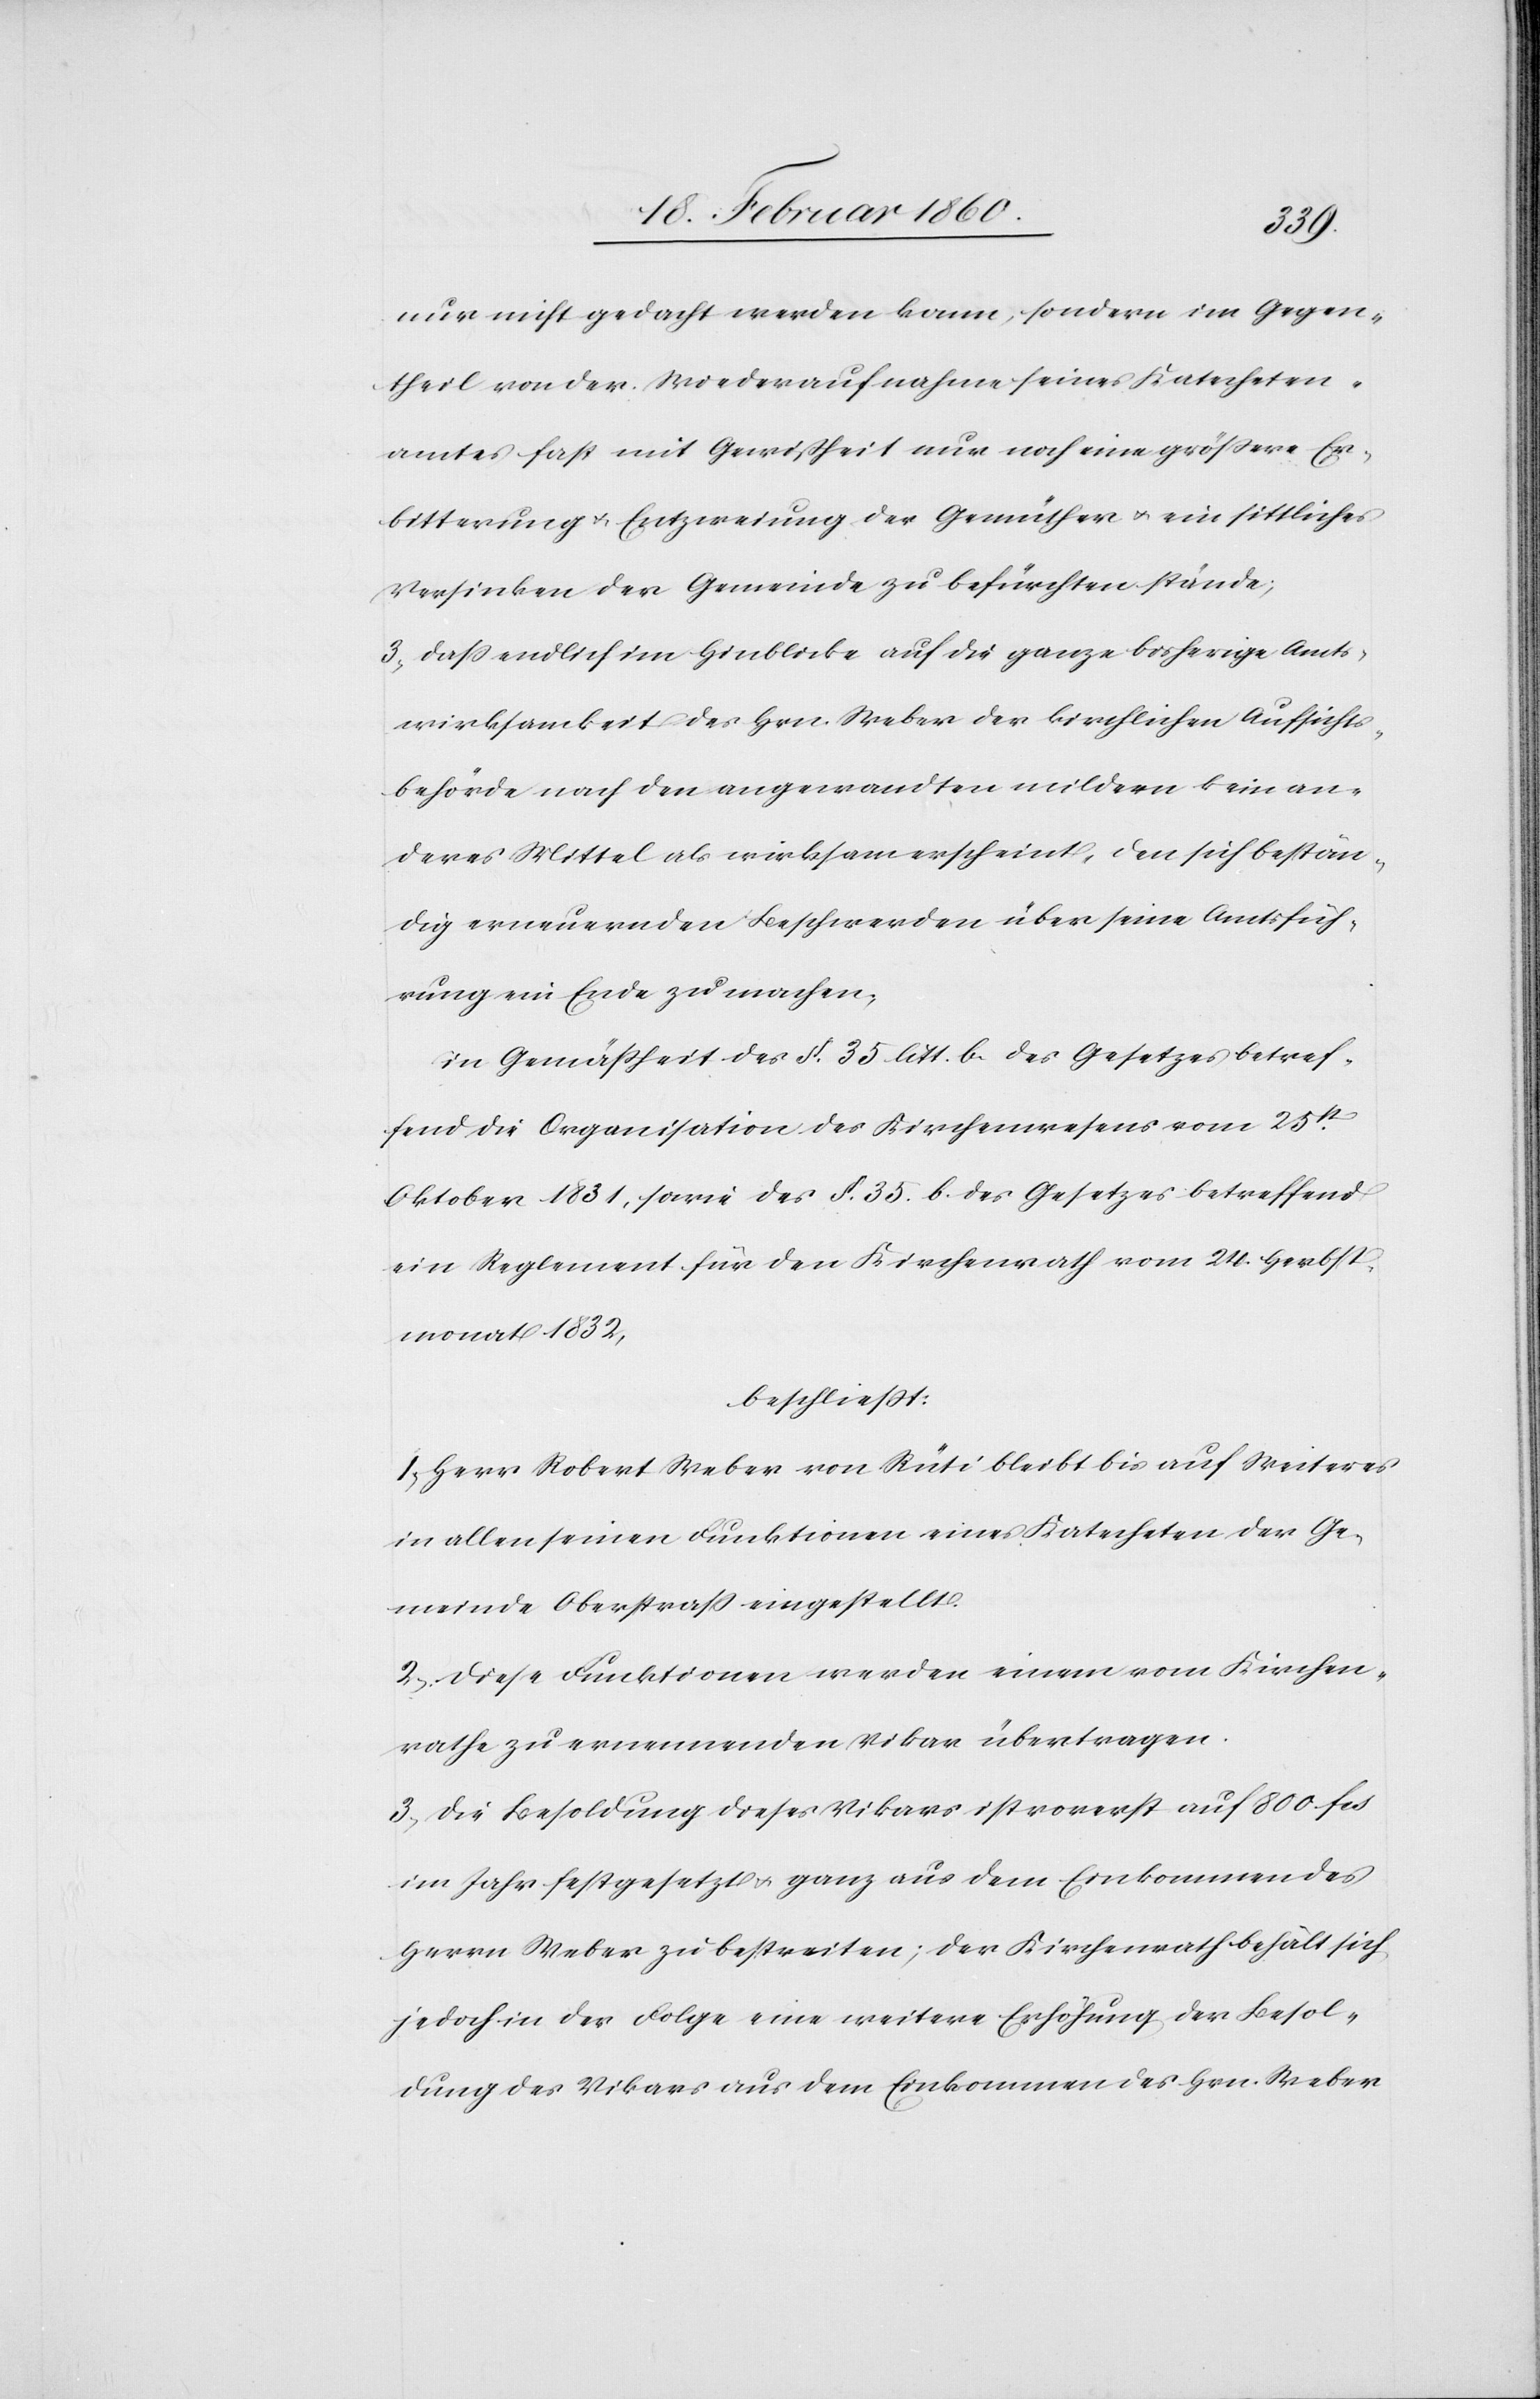
nur nicht gedacht werden kann, sondern im Gegen¬
theil von der Wiederaufnahme seines Katecheten¬
amtes fast mit Gewissheit nur noch eine grössere Er¬
bitterung u. Entzweiung der Gemüther u. ein sittliches
Versinken der Gemeinde zu befürchten stände;
3. dass endlich im Hinblicke auf die ganze bisherige Amts¬
wirksamkeit des Hrn. Weber der kirchlichen Aufsichts¬
behörde nach den angewandten mildern kein an¬
deres Mittel als wirksam erscheint, den sich bestän¬
dig erneuernden Beschwerden über seine Amtsfüh¬
rung ein Ende zu machen.
in Gemässheit des §. 35. litt. b. des Gesetzes betref¬
fend die Organisation des Kirchenwesens vom 25t
Oktober 1831, sowie des §. 35. des Gesetzes betreffend
ein Reglement für den Kirchenrath vom 24. Herbst¬
monat 1832.
beschliesst;
1. Herr Robert Weber von Rüti bleibt bis auf Weiteres
in allen seinen Funktionen eines Katecheten der Ge¬
meinde Oberstrass eingestellt.
2. Diese Funktionen werden einem vom Kirchen¬
rathe zu ernennenden Vikar übertragen.
3. Die Besoldung dieses Vikars ist vorerst auf 800 fcs.
im Jahr festgesetzt u. ganz aus dem Einkommen des
Herrn Weber zu bestreiten; der Kirchenrath behält sich
jedoch in der Folge eine weitere Erhöhung der Besol¬
dung des Vikars aus dem Einkommen des Hrn. Weber